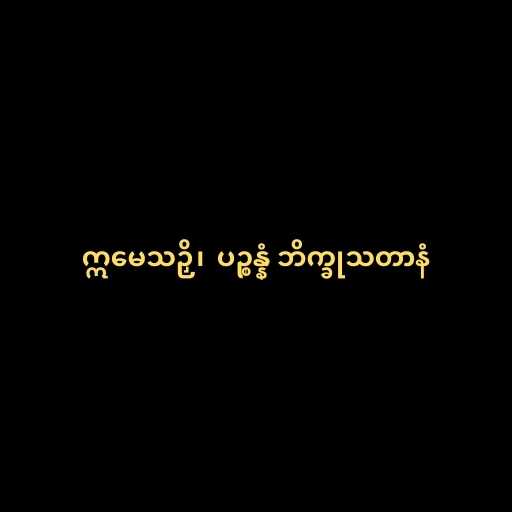
ဣမေသဉှိ၊  ပဉ္စန္နံ ဘိက္ခုသတာနံ